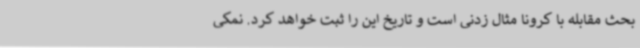
بحث مقابله با کرونا مثال زدنی است و تاریخ این را ثبت خواهد کرد. نمکی